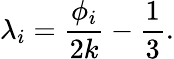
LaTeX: \lambda_{i}=\frac{\phi_{i}}{2k}-\frac{1}{3}.